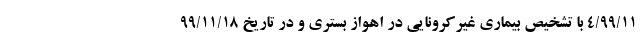
٩٩/١١/۴ با تشخیص بیماری غیرکرونایی در اهواز بستری و در تاریخ ٩٩/١١/١٨